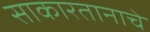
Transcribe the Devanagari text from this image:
साकारतानाचे